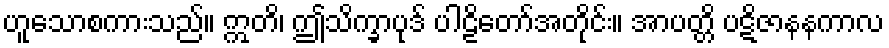
ဟူသောစကားသည်။ ဣတိ၊ ဤသိက္ခာပုဒ် ပါဠိတော်အတိုင်း။ အာပတ္တိ ပဋိဇာနနကာလ